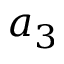
a _ { 3 }